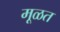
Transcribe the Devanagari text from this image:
मूळत